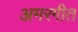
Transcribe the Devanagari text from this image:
अमरगीत